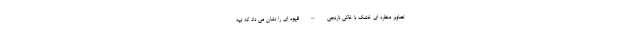
تصاویر منظره ای خشک با خاکی نارنجی – قهوه ای را نشان می داد که تپه